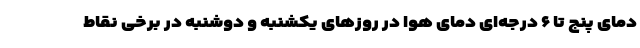
دمای پنج تا ۶ درجه‌ای دمای هوا در روزهای یکشنبه و دوشنبه در برخی نقاط